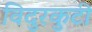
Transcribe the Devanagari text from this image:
विदुरकुटी